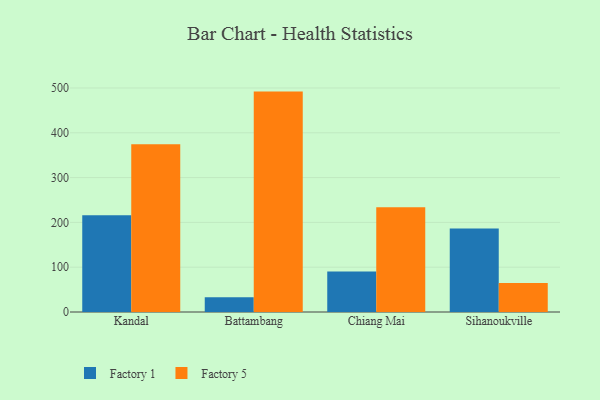
{"axis": {"x": "City", "y": "Satisfaction Score"}, "legend": ["Factory 1", "Factory 5"], "data": [{"x": "Kandal", "y": 215.8, "type": "Factory 1"}, {"x": "Kandal", "y": 374.6, "type": "Factory 5"}, {"x": "Battambang", "y": 32.8, "type": "Factory 1"}, {"x": "Battambang", "y": 491.9, "type": "Factory 5"}, {"x": "Chiang Mai", "y": 90.5, "type": "Factory 1"}, {"x": "Chiang Mai", "y": 234.0, "type": "Factory 5"}, {"x": "Sihanoukville", "y": 186.5, "type": "Factory 1"}, {"x": "Sihanoukville", "y": 64.6, "type": "Factory 5"}]}